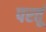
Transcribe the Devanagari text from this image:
परतूं